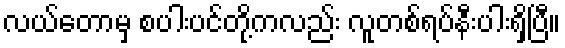
လယ်တောမှ စပါးပင်တို့ကလည်း လူတစ်ရပ်နီးပါးရှိပြီ။